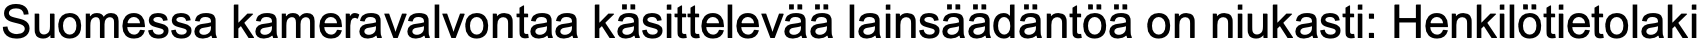
Suomessa kameravalvontaa käsittelevää lainsäädäntöä on niukasti: Henkilötietolaki